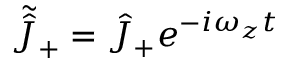
\tilde { \hat { J } } _ { + } = \hat { J } _ { + } e ^ { - i \omega _ { z } t }